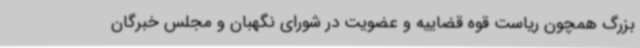
بزرگ همچون ریاست قوه‌ قضاییه و عضویت در شورای نگهبان و مجلس خبرگان